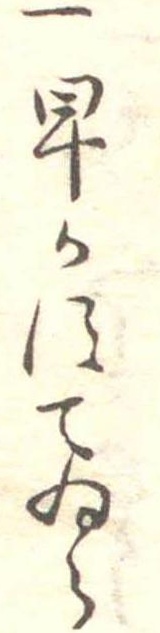
一早かすてゐら